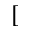
[